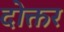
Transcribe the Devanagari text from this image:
दोक्तर